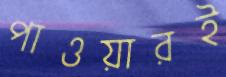
পাওয়ারই